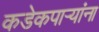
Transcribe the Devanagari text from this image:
कडेकपाऱ्यांना